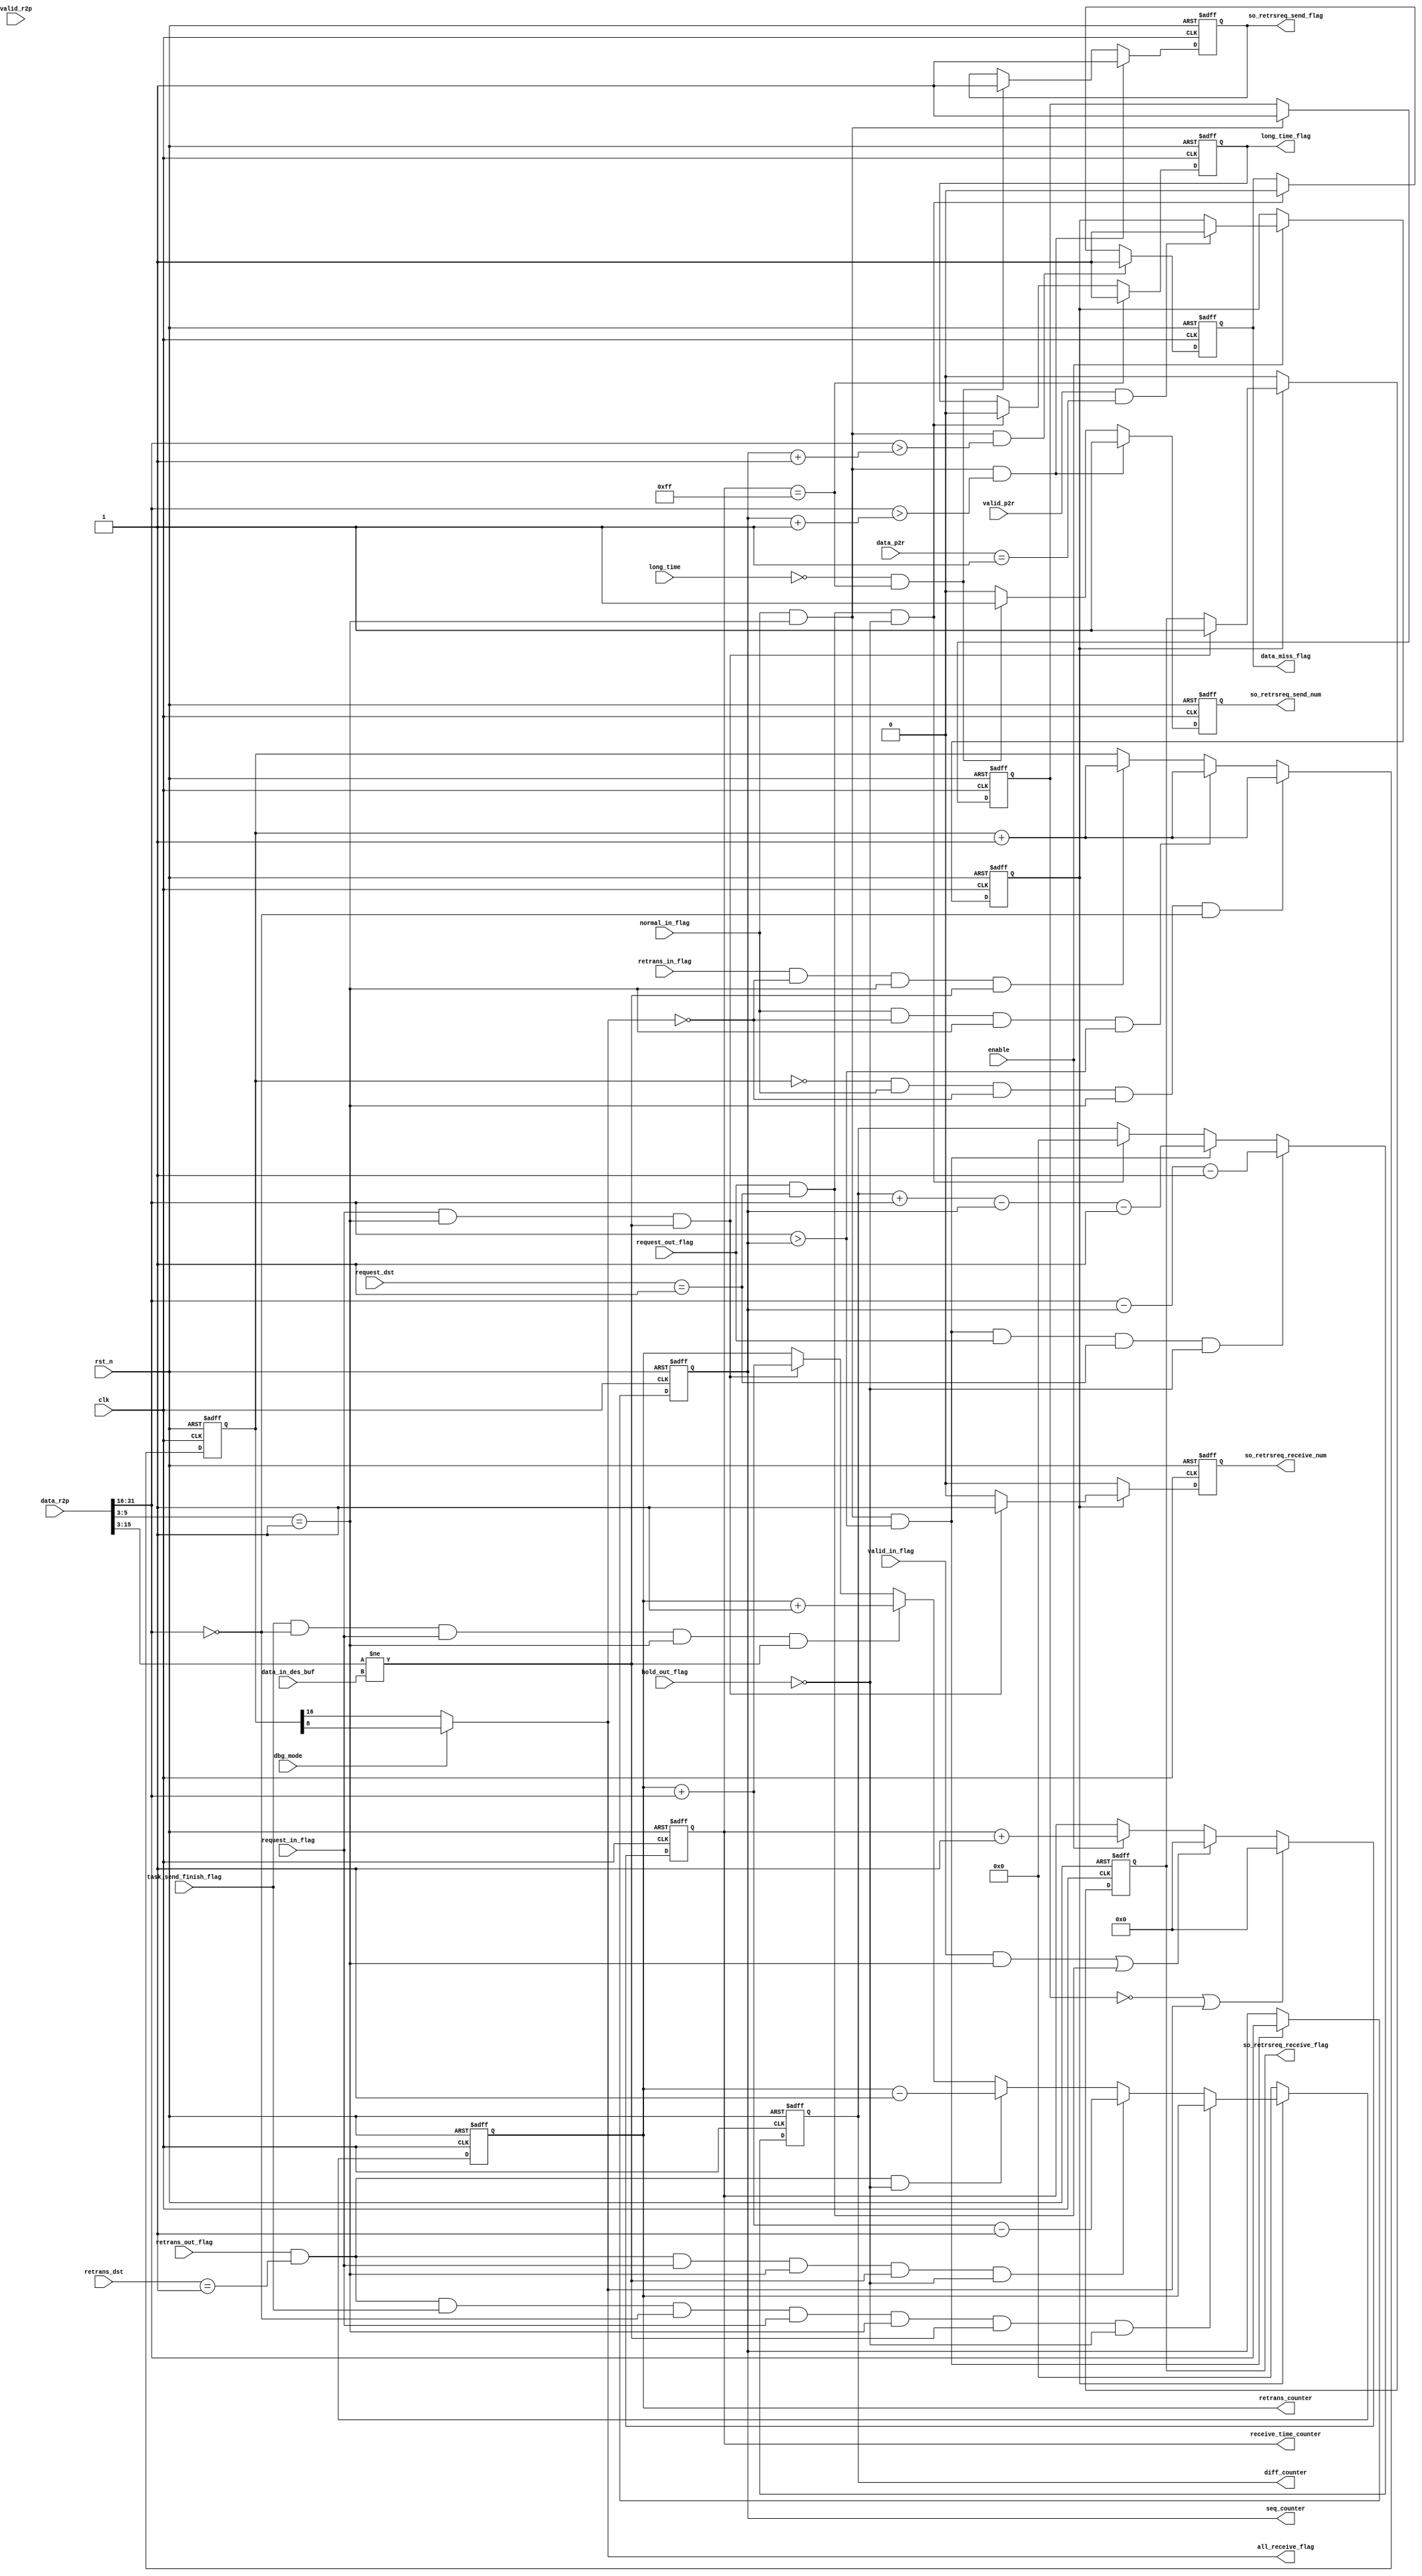
//Copyright [2024/2/16] [author: SJTUME208 / owner: DIC course 2024]
//written by Lin Xie 
//modified by Kun Su 2024/3/13

`define DATA_SIZE 16
`define DATA_SIZE_0 15
`define TIME_SIZE 8
`define TIME_SIZE_0 7
`define TIME_SUM_SIZE 24
`define TIME_SUM_SIZE_0 23
`define ID_SIZE 3
`define ID_SIZE_0 2
`define ROUTER_NUM 8
`define ROUTER_NUM_0 7  //sukun
`define LOG_ROUTER_NUM 3
`define LOG_ROUTER_NUM_0 2
`define ROUTER_WIDTH_0 23

`define DST_MIN 0
`define DST_MAX 2
`define SRC_MIN 3
`define SRC_MAX 5
`define TYPE_MIN 6
`define TYPE_MAX 7
`define TIME_MIN 8
`define TIME_MAX 15
`define DATA_MIN 16
`define DATA_MAX 31

`define DATA_WIDTH_NOR 16
`define DATA_WIDTH_DBG 8


module PE_single #(
    parameter MY_ID = 3'b000,
    parameter TAR_ID = 3'b001,

    //for retry request
    parameter NORMAL_BAG = 2'b01
) (
    input wire                                                      dbg_mode,
    input wire                                                      enable,
    input wire[`DATA_MAX:0]                                         data_r2p,
    input wire                                                      valid_r2p,
    input wire[`SRC_MAX - `SRC_MIN + `DST_MAX - `DST_MIN + 1:0]     data_p2r,
    input wire                                                      valid_p2r,
    //basic flags
    input wire                                                      valid_in_flag,
    input wire                                                      normal_in_flag,
    input wire                                                      request_in_flag,
    input wire                                                      retrans_in_flag,
    input wire                                                      task_send_finish_flag,
    input wire[`TIME_MAX - `SRC_MIN:0]                              data_in_des_buf,
    output wire                                                     all_receive_flag,

    //data receive miss
    input wire                                                      long_time,
    output reg[`DATA_SIZE_0:0]                                      seq_counter,
    output reg[`DATA_SIZE_0:0]                                      diff_counter,
    output reg[`TIME_SIZE_0:0]                                      receive_time_counter,
    output reg                                                      data_miss_flag,
    output reg                                                      long_time_flag,
    output reg                                                      so_retrsreq_send_num,
    output reg                                                      so_retrsreq_send_flag,

    //send miss
    output reg[`DATA_SIZE_0:0]                                      retrans_counter,
    output reg                                                      so_retrsreq_receive_num,
    output reg                                                      so_retrsreq_receive_flag,

    //output flags
    input wire                                                      request_out_flag,
    input wire                                                      retrans_out_flag,
    input wire                                                      hold_out_flag,

    //dst
    input wire[`ID_SIZE_0:0]                                        request_dst,
    input wire[`ID_SIZE_0:0]                                        retrans_dst,

    input wire                                                      clk,
    input wire                                                      rst_n
);
// VARIABLE
    //basic flags
    reg[`DATA_SIZE:0]       all_receive_counter;
    reg                     receive_src_flag;
    reg                     send_tar_flag;
// INPUT
// BASIC FLAGS
    assign all_receive_flag = dbg_mode ? all_receive_counter[`DATA_WIDTH_DBG] : all_receive_counter[`DATA_WIDTH_NOR];

    always @(posedge clk, negedge rst_n) begin
        if(!rst_n)
            receive_src_flag <= 1'b0;
        else if(normal_in_flag && (data_r2p[`SRC_MAX:`SRC_MIN] == TAR_ID))
            receive_src_flag <= 1'b1;
        else
            receive_src_flag <= receive_src_flag;
    end

    always @(posedge clk, negedge rst_n) begin
        if(!rst_n)
            all_receive_counter <= {`DATA_SIZE{1'b0}};
        else if((all_receive_counter == {`DATA_SIZE{1'b0}}) && normal_in_flag && !all_receive_flag && (data_r2p[`SRC_MAX:`SRC_MIN] == TAR_ID) && (data_r2p[`DATA_MAX:`DATA_MIN] == {`DATA_SIZE{1'b0}}))
            all_receive_counter <= all_receive_counter + 1'b1;
        else if(normal_in_flag && !all_receive_flag && (data_r2p[`SRC_MAX:`SRC_MIN] == TAR_ID) && (data_r2p[`DATA_MAX:`DATA_MIN] > seq_counter))
            all_receive_counter <= all_receive_counter + 1'b1;
        else if(retrans_in_flag && !all_receive_flag && (data_r2p[`SRC_MAX:`SRC_MIN] == TAR_ID) && (data_r2p[`TIME_MAX:`SRC_MIN] != data_in_des_buf))
            all_receive_counter <= all_receive_counter + 1'b1;
        else
            all_receive_counter <= all_receive_counter;
    end

    always @(posedge clk, negedge rst_n) begin
        if(!rst_n)
            send_tar_flag <= 1'b0;
        else if(!enable)
            send_tar_flag <= send_tar_flag;
        else if(valid_p2r && (data_p2r == {MY_ID, TAR_ID}))
            send_tar_flag <= 1'b1;
        else
            send_tar_flag <= send_tar_flag;
    end

// RECEIVE MISS
    always @(posedge clk, negedge rst_n) begin
        if(!rst_n)
            seq_counter <= {`DATA_SIZE{1'b0}};
        else if(normal_in_flag && (data_r2p[`SRC_MAX:`SRC_MIN] == TAR_ID) && (data_r2p[`DATA_MAX:`DATA_MIN] > seq_counter))
            seq_counter <= data_r2p[`DATA_MAX:`DATA_MIN];
        else
            seq_counter <= seq_counter;
    end

    always @(posedge clk, negedge rst_n) begin
        if(!rst_n)
            data_miss_flag <= 1'b0;
        else if(normal_in_flag && (data_r2p[`SRC_MAX:`SRC_MIN] == TAR_ID) && (data_r2p[`DATA_MAX:`DATA_MIN] > (seq_counter + 1'b1)))
            data_miss_flag <= 1'b1;
        else if(request_out_flag && (request_dst == TAR_ID) && !hold_out_flag)
            data_miss_flag <= 1'b0;
        else
            data_miss_flag <= data_miss_flag;
    end

    always @(posedge clk, negedge rst_n) begin
        if(!rst_n)
            long_time_flag <= 1'b0;
        else if(receive_time_counter == {`TIME_SIZE{1'b1}})
            long_time_flag <= 1'b1;
        else if(request_out_flag && (request_dst == TAR_ID) && !hold_out_flag)
            long_time_flag <= 1'b0;
        else
            long_time_flag <= long_time_flag;
    end

    always @(posedge clk, negedge rst_n) begin
        if(!rst_n)
            diff_counter <= {`DATA_SIZE{1'b0}};
        else if(normal_in_flag && (data_r2p[`SRC_MAX:`SRC_MIN] == TAR_ID) && (data_r2p[`DATA_MAX:`DATA_MIN] > seq_counter) && request_out_flag && (request_dst == TAR_ID) && !hold_out_flag)
            diff_counter <= data_r2p[`DATA_MAX:`DATA_MIN] - seq_counter - 1'b1;
        else if(normal_in_flag && (data_r2p[`SRC_MAX:`SRC_MIN] == TAR_ID) && (data_r2p[`DATA_MAX:`DATA_MIN] > seq_counter))
            diff_counter <= diff_counter + data_r2p[`DATA_MAX:`DATA_MIN] - seq_counter - 1'b1;
        else if(request_out_flag && (request_dst == TAR_ID) && !hold_out_flag)
            diff_counter <= {`DATA_SIZE{1'b0}};
        else
            diff_counter <= diff_counter;
    end

    always @(posedge clk, negedge rst_n) begin
        if(!rst_n)
            receive_time_counter <= {`TIME_SIZE{1'b0}};
        else if(!receive_src_flag || all_receive_flag)
            receive_time_counter <= {`TIME_SIZE{1'b0}};
        else if((valid_in_flag && (data_r2p[`SRC_MAX:`SRC_MIN] == TAR_ID)) || (request_out_flag && (request_dst == TAR_ID)))
            receive_time_counter <= {`TIME_SIZE{1'b0}};
        else if(enable)
            receive_time_counter <= receive_time_counter + 1'b1;
        else
            receive_time_counter <= receive_time_counter;
    end

    always @(posedge clk, negedge rst_n) begin
        if(!rst_n)
            so_retrsreq_send_flag <= 1'b0;
        else if(normal_in_flag && (data_r2p[`SRC_MAX:`SRC_MIN] == TAR_ID) && (data_r2p[`DATA_MAX:`DATA_MIN] > seq_counter + 1))
            so_retrsreq_send_flag <= 1'b1;
        else if(!long_time && receive_time_counter == {`TIME_SIZE{1'b1}})
            so_retrsreq_send_flag <= 1'b1;
        else
            so_retrsreq_send_flag <= so_retrsreq_send_flag;
    end

    always @(posedge clk, negedge rst_n) begin
        if(!rst_n)
            so_retrsreq_send_num <= 1'b0;
        else if(normal_in_flag && (data_r2p[`SRC_MAX:`SRC_MIN] == TAR_ID) && (data_r2p[`DATA_MAX:`DATA_MIN] > seq_counter + 1))
            so_retrsreq_send_num <= 1'b1;
        else if(!long_time && receive_time_counter == {`TIME_SIZE{1'b1}})
            so_retrsreq_send_num <= 1'b1;
        else
            so_retrsreq_send_num <= 1'b0;
    end
    
// SEND MISS
    always @(posedge clk, negedge rst_n) begin
        if(!rst_n)
            retrans_counter <= {`DATA_SIZE{1'b0}};
        else if(!send_tar_flag)
            retrans_counter <= {`DATA_SIZE{1'b0}};
        else if(retrans_out_flag && (retrans_dst == TAR_ID) && task_send_finish_flag && (data_r2p[`DATA_MAX:`DATA_MIN] == 16'd0) && request_in_flag && (data_r2p[`SRC_MAX:`SRC_MIN] == TAR_ID) && (data_r2p[`TIME_MAX:`SRC_MIN] != data_in_des_buf) && !hold_out_flag)
            retrans_counter <= retrans_counter;
        else if(retrans_out_flag && (retrans_dst == TAR_ID) && request_in_flag && (data_r2p[`SRC_MAX:`SRC_MIN] == TAR_ID) && (data_r2p[`TIME_MAX:`SRC_MIN] != data_in_des_buf) && !hold_out_flag)
            retrans_counter <= retrans_counter + data_r2p[`DATA_MAX:`DATA_MIN] - 1'b1;
        else if(retrans_out_flag && (retrans_dst == TAR_ID) && !hold_out_flag)
            retrans_counter <= retrans_counter - 1'b1;
        else if(task_send_finish_flag && (data_r2p[`DATA_MAX:`DATA_MIN] == 16'd0) && request_in_flag && (data_r2p[`SRC_MAX:`SRC_MIN] == TAR_ID) && (data_r2p[`TIME_MAX:`SRC_MIN] != data_in_des_buf))
            retrans_counter <= retrans_counter + 1'b1;
        else if(request_in_flag && (data_r2p[`SRC_MAX:`SRC_MIN] == TAR_ID) && (data_r2p[`TIME_MAX:`SRC_MIN] != data_in_des_buf))
            retrans_counter <= retrans_counter + data_r2p[`DATA_MAX:`DATA_MIN];
        else
            retrans_counter <= retrans_counter;
    end

    always @(posedge clk, negedge rst_n) begin
        if(!rst_n)
            so_retrsreq_receive_flag <= 1'b0;
        else if(!send_tar_flag)
            so_retrsreq_receive_flag <= 1'b0;
        else if(request_in_flag && (data_r2p[`SRC_MAX:`SRC_MIN] == TAR_ID) && (data_r2p[`TIME_MAX:`SRC_MIN] != data_in_des_buf))
            so_retrsreq_receive_flag <= 1'b1;
        else
            so_retrsreq_receive_flag <= so_retrsreq_receive_flag;
    end

    always @(posedge clk, negedge rst_n) begin
        if(!rst_n)
            so_retrsreq_receive_num <= 1'b0;
        else if(!send_tar_flag)
            so_retrsreq_receive_num <= 1'b0;
        else if(request_in_flag && (data_r2p[`SRC_MAX:`SRC_MIN] == TAR_ID) && (data_r2p[`TIME_MAX:`SRC_MIN] != data_in_des_buf))
            so_retrsreq_receive_num <= 1'b1;
        else
            so_retrsreq_receive_num <= 1'b0;
    end

endmodule